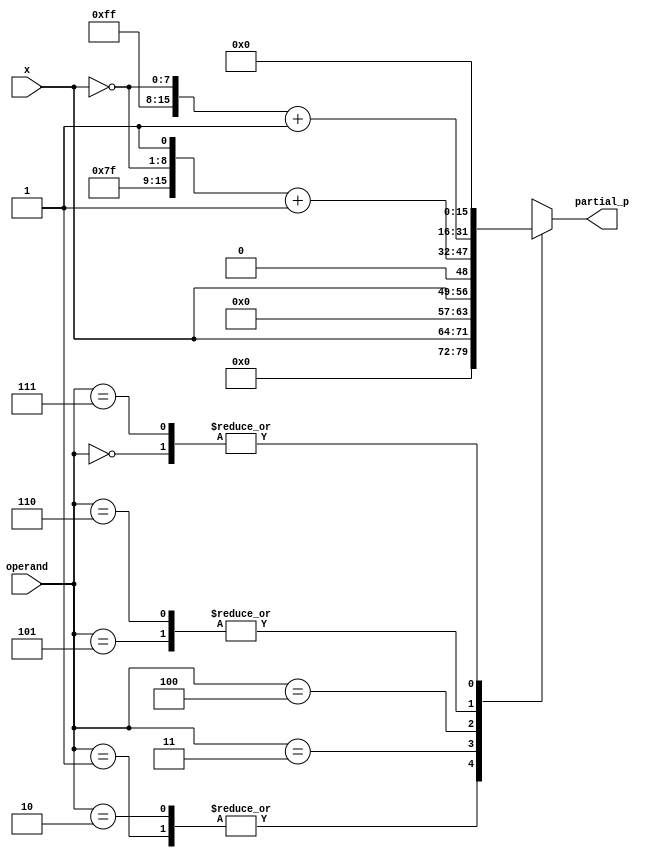
module booth_encoder (x, operand, partial_p);
	
    input [7:0] x; 
	input [2:0] operand; 
	output reg [15:0] partial_p; 
	 
        always @ (x or operand)begin

            case(operand)
                3'b000: partial_p = 16'b0;
                3'b001: partial_p = {8'b0, x};
                3'b010: partial_p = {8'b0, x};
                3'b011: partial_p = {7'b0, x, 1'b0};
                3'b100: partial_p = {7'd127, ~x, 1'b1} + 1'b1;
                3'b101: partial_p = {8'd255, ~x} + 1'b1;
                3'b110: partial_p = {8'd255, ~x} + 1'b1;
                3'b111: partial_p = 16'b0;
            endcase

        end


endmodule